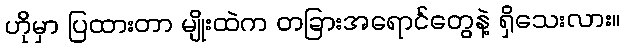
ဟိုမှာ ပြထားတာ မျိုးထဲက တခြားအရောင်တွေနဲ့ ရှိသေးလား။